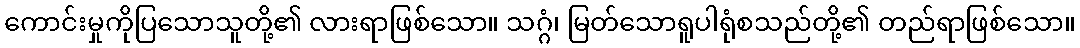
ကောင်းမှုကိုပြသောသူတို့၏ လားရာဖြစ်သော။ သဂ္ဂံ၊ မြတ်သောရူပါရုံစသည်တို့၏ တည်ရာဖြစ်သော။